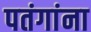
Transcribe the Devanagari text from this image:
पतंगांना